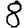
Digit: 8